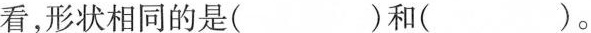
看，形状相同的是( )和( ).